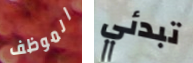
الموظف تبدئي